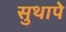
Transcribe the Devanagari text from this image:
सुथापे